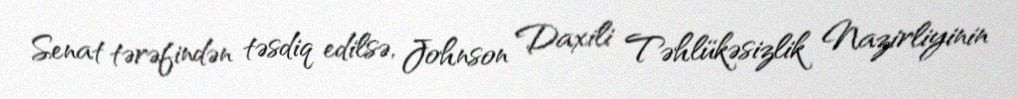
Senat tərəfindən təsdiq edilsə, Johnson Daxili Təhlükəsizlik Nazirliyinin